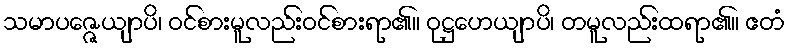
သမာပဇ္ဇေယျာပိ၊ ဝင်စားမူလည်းဝင်စားရာ၏။ ဝုဋ္ဌဟေယျာပိ၊ တမူလည်းထရာ၏။ ဧတံ